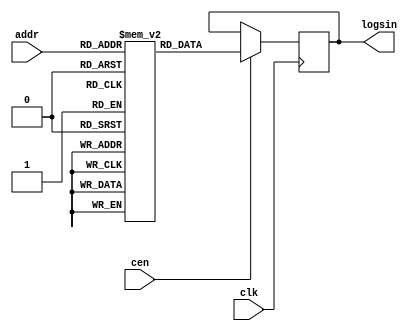
/* This file is part of JTOPL.

    JTOPL program is free software: you can redistribute it and/or modify
    it under the terms of the GNU General Public License as published by
    the Free Software Foundation, either version 3 of the License, or
    (at your option) any later version.

    JTOPL program is distributed in the hope that it will be useful,
    but WITHOUT ANY WARRANTY; without even the implied warranty of
    MERCHANTABILITY or FITNESS FOR A PARTICULAR PURPOSE.  See the
    GNU General Public License for more details.

    You should have received a copy of the GNU General Public License
    along with JTOPL.  If not, see <http://www.gnu.org/licenses/>.

    Based on Sauraen VHDL version of OPN/OPN2, which is based on die shots.

    Author: Jose Tejada Gomez. Twitter: @topapate
    Version: 1.0
    Date: 13-6-2020

*/

//altera message_off 10030

module jtopl_logsin(
    input             clk,
    input             cen,
    input      [ 7:0] addr,
    output reg [11:0] logsin
);  

reg [11:0] sinelut[255:0];
initial begin
    sinelut[8'd000] = 12'h000;
    sinelut[8'd001] = 12'h000;
    sinelut[8'd002] = 12'h000;
    sinelut[8'd003] = 12'h000;
    sinelut[8'd004] = 12'h000;
    sinelut[8'd005] = 12'h000;
    sinelut[8'd006] = 12'h000;
    sinelut[8'd007] = 12'h000;
    sinelut[8'd008] = 12'h001;
    sinelut[8'd009] = 12'h001;
    sinelut[8'd010] = 12'h001;
    sinelut[8'd011] = 12'h001;
    sinelut[8'd012] = 12'h001;
    sinelut[8'd013] = 12'h001;
    sinelut[8'd014] = 12'h001;
    sinelut[8'd015] = 12'h002;
    sinelut[8'd016] = 12'h002;
    sinelut[8'd017] = 12'h002;
    sinelut[8'd018] = 12'h002;
    sinelut[8'd019] = 12'h003;
    sinelut[8'd020] = 12'h003;
    sinelut[8'd021] = 12'h003;
    sinelut[8'd022] = 12'h004;
    sinelut[8'd023] = 12'h004;
    sinelut[8'd024] = 12'h004;
    sinelut[8'd025] = 12'h005;
    sinelut[8'd026] = 12'h005;
    sinelut[8'd027] = 12'h005;
    sinelut[8'd028] = 12'h006;
    sinelut[8'd029] = 12'h006;
    sinelut[8'd030] = 12'h007;
    sinelut[8'd031] = 12'h007;
    sinelut[8'd032] = 12'h007;
    sinelut[8'd033] = 12'h008;
    sinelut[8'd034] = 12'h008;
    sinelut[8'd035] = 12'h009;
    sinelut[8'd036] = 12'h009;
    sinelut[8'd037] = 12'h00a;
    sinelut[8'd038] = 12'h00a;
    sinelut[8'd039] = 12'h00b;
    sinelut[8'd040] = 12'h00c;
    sinelut[8'd041] = 12'h00c;
    sinelut[8'd042] = 12'h00d;
    sinelut[8'd043] = 12'h00d;
    sinelut[8'd044] = 12'h00e;
    sinelut[8'd045] = 12'h00f;
    sinelut[8'd046] = 12'h00f;
    sinelut[8'd047] = 12'h010;
    sinelut[8'd048] = 12'h011;
    sinelut[8'd049] = 12'h011;
    sinelut[8'd050] = 12'h012;
    sinelut[8'd051] = 12'h013;
    sinelut[8'd052] = 12'h014;
    sinelut[8'd053] = 12'h014;
    sinelut[8'd054] = 12'h015;
    sinelut[8'd055] = 12'h016;
    sinelut[8'd056] = 12'h017;
    sinelut[8'd057] = 12'h017;
    sinelut[8'd058] = 12'h018;
    sinelut[8'd059] = 12'h019;
    sinelut[8'd060] = 12'h01a;
    sinelut[8'd061] = 12'h01b;
    sinelut[8'd062] = 12'h01c;
    sinelut[8'd063] = 12'h01d;
    sinelut[8'd064] = 12'h01e;
    sinelut[8'd065] = 12'h01f;
    sinelut[8'd066] = 12'h020;
    sinelut[8'd067] = 12'h021;
    sinelut[8'd068] = 12'h022;
    sinelut[8'd069] = 12'h023;
    sinelut[8'd070] = 12'h024;
    sinelut[8'd071] = 12'h025;
    sinelut[8'd072] = 12'h026;
    sinelut[8'd073] = 12'h027;
    sinelut[8'd074] = 12'h028;
    sinelut[8'd075] = 12'h029;
    sinelut[8'd076] = 12'h02a;
    sinelut[8'd077] = 12'h02b;
    sinelut[8'd078] = 12'h02d;
    sinelut[8'd079] = 12'h02e;
    sinelut[8'd080] = 12'h02f;
    sinelut[8'd081] = 12'h030;
    sinelut[8'd082] = 12'h031;
    sinelut[8'd083] = 12'h033;
    sinelut[8'd084] = 12'h034;
    sinelut[8'd085] = 12'h035;
    sinelut[8'd086] = 12'h037;
    sinelut[8'd087] = 12'h038;
    sinelut[8'd088] = 12'h039;
    sinelut[8'd089] = 12'h03b;
    sinelut[8'd090] = 12'h03c;
    sinelut[8'd091] = 12'h03e;
    sinelut[8'd092] = 12'h03f;
    sinelut[8'd093] = 12'h040;
    sinelut[8'd094] = 12'h042;
    sinelut[8'd095] = 12'h043;
    sinelut[8'd096] = 12'h045;
    sinelut[8'd097] = 12'h046;
    sinelut[8'd098] = 12'h048;
    sinelut[8'd099] = 12'h04a;
    sinelut[8'd100] = 12'h04b;
    sinelut[8'd101] = 12'h04d;
    sinelut[8'd102] = 12'h04e;
    sinelut[8'd103] = 12'h050;
    sinelut[8'd104] = 12'h052;
    sinelut[8'd105] = 12'h053;
    sinelut[8'd106] = 12'h055;
    sinelut[8'd107] = 12'h057;
    sinelut[8'd108] = 12'h059;
    sinelut[8'd109] = 12'h05b;
    sinelut[8'd110] = 12'h05c;
    sinelut[8'd111] = 12'h05e;
    sinelut[8'd112] = 12'h060;
    sinelut[8'd113] = 12'h062;
    sinelut[8'd114] = 12'h064;
    sinelut[8'd115] = 12'h066;
    sinelut[8'd116] = 12'h068;
    sinelut[8'd117] = 12'h06a;
    sinelut[8'd118] = 12'h06c;
    sinelut[8'd119] = 12'h06e;
    sinelut[8'd120] = 12'h070;
    sinelut[8'd121] = 12'h072;
    sinelut[8'd122] = 12'h074;
    sinelut[8'd123] = 12'h076;
    sinelut[8'd124] = 12'h078;
    sinelut[8'd125] = 12'h07a;
    sinelut[8'd126] = 12'h07d;
    sinelut[8'd127] = 12'h07f;
    sinelut[8'd128] = 12'h081;
    sinelut[8'd129] = 12'h083;
    sinelut[8'd130] = 12'h086;
    sinelut[8'd131] = 12'h088;
    sinelut[8'd132] = 12'h08a;
    sinelut[8'd133] = 12'h08d;
    sinelut[8'd134] = 12'h08f;
    sinelut[8'd135] = 12'h092;
    sinelut[8'd136] = 12'h094;
    sinelut[8'd137] = 12'h097;
    sinelut[8'd138] = 12'h099;
    sinelut[8'd139] = 12'h09c;
    sinelut[8'd140] = 12'h09f;
    sinelut[8'd141] = 12'h0a1;
    sinelut[8'd142] = 12'h0a4;
    sinelut[8'd143] = 12'h0a7;
    sinelut[8'd144] = 12'h0a9;
    sinelut[8'd145] = 12'h0ac;
    sinelut[8'd146] = 12'h0af;
    sinelut[8'd147] = 12'h0b2;
    sinelut[8'd148] = 12'h0b5;
    sinelut[8'd149] = 12'h0b8;
    sinelut[8'd150] = 12'h0bb;
    sinelut[8'd151] = 12'h0be;
    sinelut[8'd152] = 12'h0c1;
    sinelut[8'd153] = 12'h0c4;
    sinelut[8'd154] = 12'h0c7;
    sinelut[8'd155] = 12'h0ca;
    sinelut[8'd156] = 12'h0cd;
    sinelut[8'd157] = 12'h0d1;
    sinelut[8'd158] = 12'h0d4;
    sinelut[8'd159] = 12'h0d7;
    sinelut[8'd160] = 12'h0db;
    sinelut[8'd161] = 12'h0de;
    sinelut[8'd162] = 12'h0e2;
    sinelut[8'd163] = 12'h0e5;
    sinelut[8'd164] = 12'h0e9;
    sinelut[8'd165] = 12'h0ec;
    sinelut[8'd166] = 12'h0f0;
    sinelut[8'd167] = 12'h0f4;
    sinelut[8'd168] = 12'h0f8;
    sinelut[8'd169] = 12'h0fb;
    sinelut[8'd170] = 12'h0ff;
    sinelut[8'd171] = 12'h103;
    sinelut[8'd172] = 12'h107;
    sinelut[8'd173] = 12'h10b;
    sinelut[8'd174] = 12'h10f;
    sinelut[8'd175] = 12'h114;
    sinelut[8'd176] = 12'h118;
    sinelut[8'd177] = 12'h11c;
    sinelut[8'd178] = 12'h121;
    sinelut[8'd179] = 12'h125;
    sinelut[8'd180] = 12'h129;
    sinelut[8'd181] = 12'h12e;
    sinelut[8'd182] = 12'h133;
    sinelut[8'd183] = 12'h137;
    sinelut[8'd184] = 12'h13c;
    sinelut[8'd185] = 12'h141;
    sinelut[8'd186] = 12'h146;
    sinelut[8'd187] = 12'h14b;
    sinelut[8'd188] = 12'h150;
    sinelut[8'd189] = 12'h155;
    sinelut[8'd190] = 12'h15b;
    sinelut[8'd191] = 12'h160;
    sinelut[8'd192] = 12'h166;
    sinelut[8'd193] = 12'h16b;
    sinelut[8'd194] = 12'h171;
    sinelut[8'd195] = 12'h177;
    sinelut[8'd196] = 12'h17c;
    sinelut[8'd197] = 12'h182;
    sinelut[8'd198] = 12'h188;
    sinelut[8'd199] = 12'h18f;
    sinelut[8'd200] = 12'h195;
    sinelut[8'd201] = 12'h19b;
    sinelut[8'd202] = 12'h1a2;
    sinelut[8'd203] = 12'h1a9;
    sinelut[8'd204] = 12'h1b0;
    sinelut[8'd205] = 12'h1b7;
    sinelut[8'd206] = 12'h1be;
    sinelut[8'd207] = 12'h1c5;
    sinelut[8'd208] = 12'h1cd;
    sinelut[8'd209] = 12'h1d4;
    sinelut[8'd210] = 12'h1dc;
    sinelut[8'd211] = 12'h1e4;
    sinelut[8'd212] = 12'h1ec;
    sinelut[8'd213] = 12'h1f5;
    sinelut[8'd214] = 12'h1fd;
    sinelut[8'd215] = 12'h206;
    sinelut[8'd216] = 12'h20f;
    sinelut[8'd217] = 12'h218;
    sinelut[8'd218] = 12'h222;
    sinelut[8'd219] = 12'h22c;
    sinelut[8'd220] = 12'h236;
    sinelut[8'd221] = 12'h240;
    sinelut[8'd222] = 12'h24b;
    sinelut[8'd223] = 12'h256;
    sinelut[8'd224] = 12'h261;
    sinelut[8'd225] = 12'h26d;
    sinelut[8'd226] = 12'h279;
    sinelut[8'd227] = 12'h286;
    sinelut[8'd228] = 12'h293;
    sinelut[8'd229] = 12'h2a0;
    sinelut[8'd230] = 12'h2af;
    sinelut[8'd231] = 12'h2bd;
    sinelut[8'd232] = 12'h2cd;
    sinelut[8'd233] = 12'h2dc;
    sinelut[8'd234] = 12'h2ed;
    sinelut[8'd235] = 12'h2ff;
    sinelut[8'd236] = 12'h311;
    sinelut[8'd237] = 12'h324;
    sinelut[8'd238] = 12'h339;
    sinelut[8'd239] = 12'h34e;
    sinelut[8'd240] = 12'h365;
    sinelut[8'd241] = 12'h37e;
    sinelut[8'd242] = 12'h398;
    sinelut[8'd243] = 12'h3b5;
    sinelut[8'd244] = 12'h3d3;
    sinelut[8'd245] = 12'h3f5;
    sinelut[8'd246] = 12'h41a;
    sinelut[8'd247] = 12'h443;
    sinelut[8'd248] = 12'h471;
    sinelut[8'd249] = 12'h4a6;
    sinelut[8'd250] = 12'h4e4;
    sinelut[8'd251] = 12'h52e;
    sinelut[8'd252] = 12'h58b;
    sinelut[8'd253] = 12'h607;
    sinelut[8'd254] = 12'h6c3;
    sinelut[8'd255] = 12'h859;
end

always @ (posedge clk) if(cen) begin
    logsin <= sinelut[addr];
end

endmodule